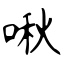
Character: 啾